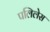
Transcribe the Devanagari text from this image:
पलिलेस